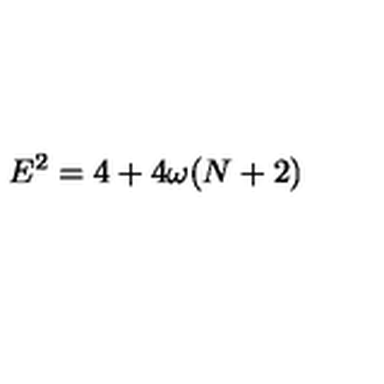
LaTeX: E ^ { 2 } = 4 + 4 \omega ( N + 2 )